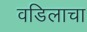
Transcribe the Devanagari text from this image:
वडिलाचा